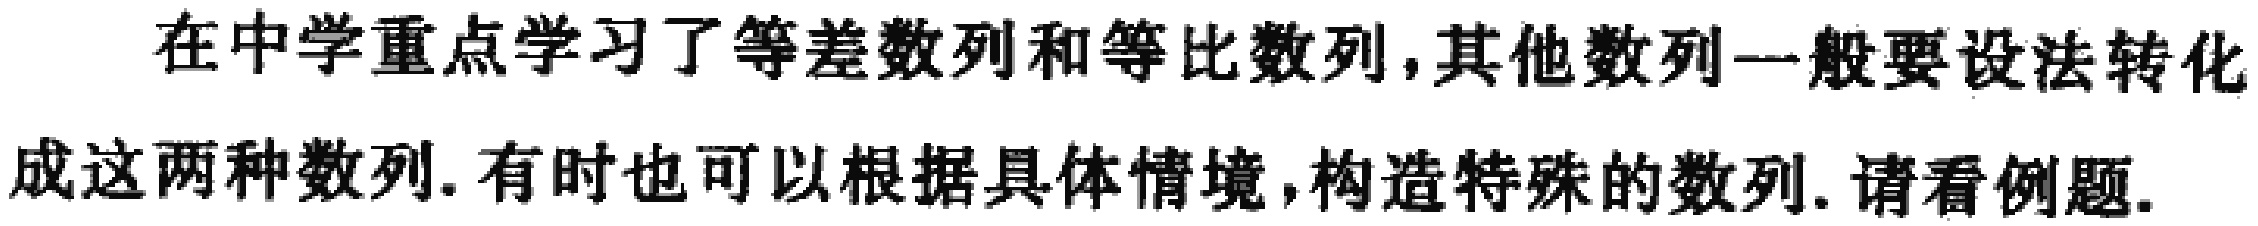
在中学重点学习了等差数列和等比数列,其他数列一般要设法转化成这两种数列. 有时也可以根据具体情境,构造特殊的数列. 请看例题.